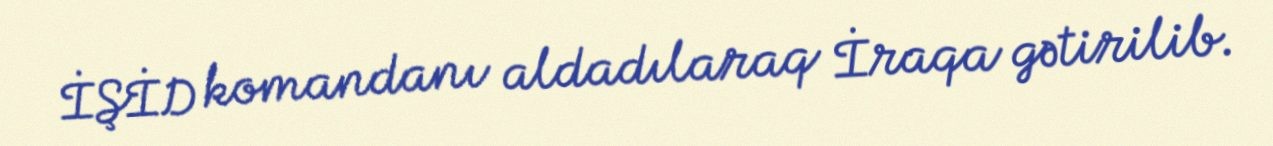
İŞİD komandanı aldadılaraq İraqa gətirilib.